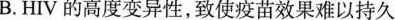
B.HIV的高度变异性，致使疫苗效果难以持久